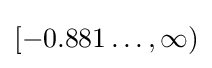
[-0.881\ldots ,\infty )